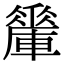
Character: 𨎯